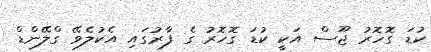
ކުޑަ ގޮހޮރު ޖޫސް އަކީ ކުޑަ ގޮހޮރު ގެ ފާރުގައި އެކުލެވޭ ގްލޭންޑް